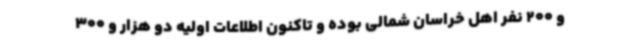
و 200 نفر اهل خراسان شمالی بوده و تاکنون اطلاعات اولیه دو هزار و 300